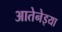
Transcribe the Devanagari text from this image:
आतेनेइया